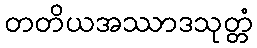
တတိယအဿာဒသုတ္တံ